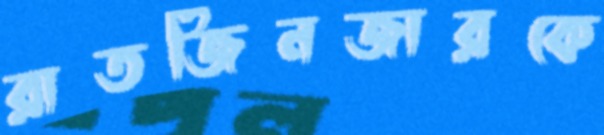
রাতজিনজারকে